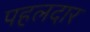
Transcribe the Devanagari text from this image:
पहलदार